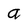
Character: a